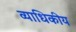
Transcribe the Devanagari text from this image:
व्याधिकीय